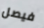
فيصل